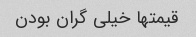
قیمتها خیلی گران بودن